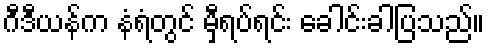
ဂီဒီယန်က နံရံတွင် မှီရပ်ရင်း ခေါင်းခါပြသည်။